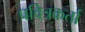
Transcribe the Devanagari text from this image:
पवित्रकर्ता